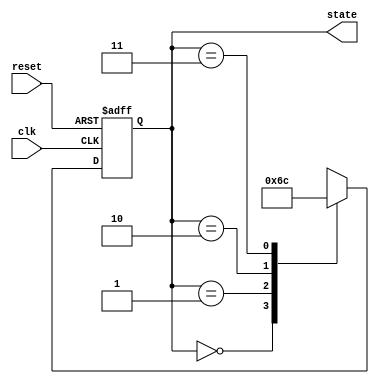
module PreConfiguredStateInitialization (
    input wire clk,           // Clock signal
    input wire reset,         // Active-high reset signal
    output reg [1:0] state    // State output (2 bits for 4 states)
);

// State definitions
localparam S0 = 2'b00;  // Initial state
localparam S1 = 2'b01;  // State 1
localparam S2 = 2'b10;  // State 2
localparam S3 = 2'b11;  // State 3

// State initialization and transition logic
always @(posedge clk or posedge reset) begin
    if (reset) begin
        // On reset, initialize state to S0
        state <= S0;  
    end else begin
        // State transition logic (example)
        case (state)
            S0: state <= S1; // Example transition from S0 to S1
            S1: state <= S2; // Example transition from S1 to S2
            S2: state <= S3; // Example transition from S2 to S3
            S3: state <= S0; // Example transition from S3 back to S0
            default: state <= S0; // Default case to avoid latches
        endcase
    end
end

endmodule